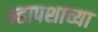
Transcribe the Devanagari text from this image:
म्हापशाच्या